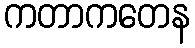
ကတာကတေန